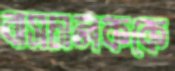
বাসচালককে